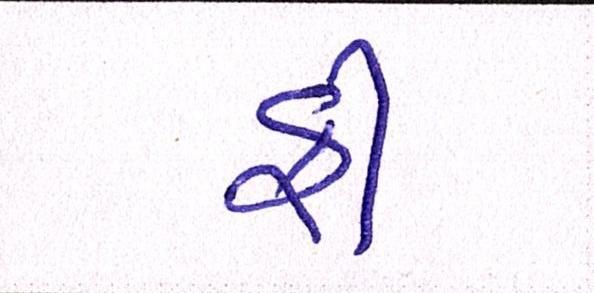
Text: ફી